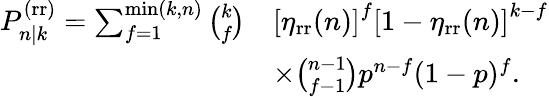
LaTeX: \begin{array}{rl}{P_{n|k}^{\mathrm{(rr)}}=\sum_{f=1}^{\operatorname*{min}(k,n)}\binom{k}{f}}&{\left[\eta_{\mathrm{rr}}(n)\right]^{f}\left[1-\eta_{\mathrm{rr}}(n)\right]^{k-f}}\\ &{\times\binom{n-1}{f-1}p^{n-f}(1-p)^{f}.}\end{array}